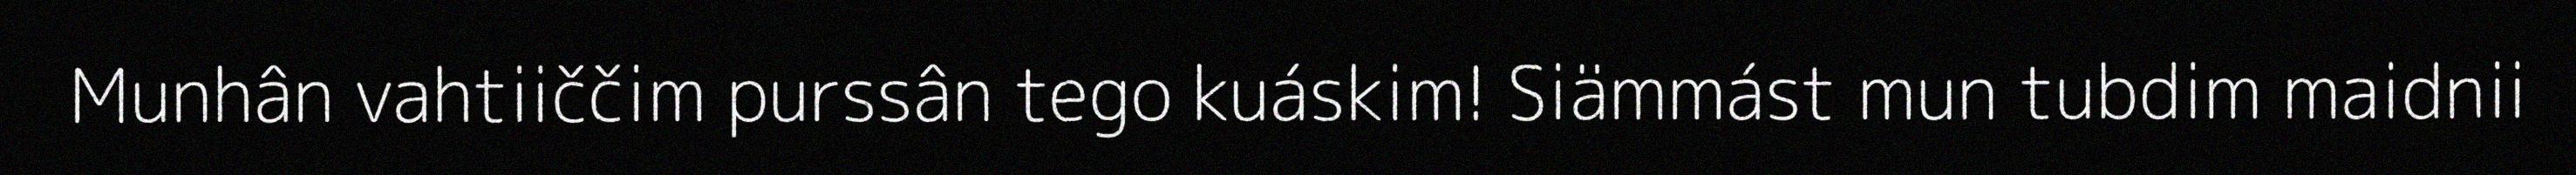
Munhân vahtiiččim purssân tego kuáskim! Siämmást mun tubdim maidnii